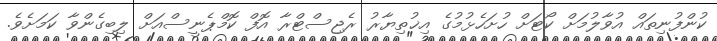
ކުންފުނިތައް އުވާލުމަށް ކޯޓަށް ހުށަހެޅުމުގެ އިޚުތިޔާރު ރެޖިސްޓްރާ އޮފް ކޮމްޕެނީސްއަށް ލިބިގެންވާ ކަމަށެވެ.